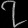
Digit: ၇